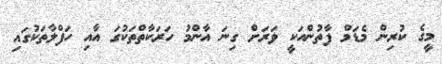
މީގެ ކުރިން މެޑަމް ފާތުންއަކީ ވަރަށް ގިނަ އާންމު ހަރަކާތްތަކުގަ އާއި ހަފްލާތަކުގައި